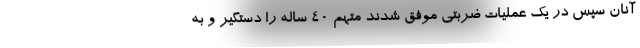
آنان سپس در یک عملیات ضربتی موفق شدند متهم ۴۰ ساله را دستگیر و به